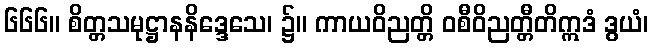
၆၆၆။ စိတ္တသမုဋ္ဌာနနိဒ္ဒေသေ၊ ၌။ ကာယဝိညတ္တိ ဝစီဝိညတ္တီတိဣဒံ ဒွယံ၊